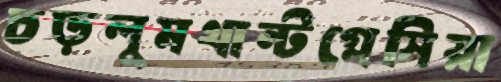
চড়লুমথান্টগ্লেসিয়া